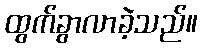
ထွက်ခွာလာခဲ့သည်။